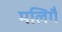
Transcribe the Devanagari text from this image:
मलिगै